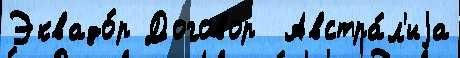
Эквадо́р Договор  Австра́л'иjа